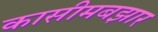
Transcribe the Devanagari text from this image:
कासीमबझार